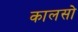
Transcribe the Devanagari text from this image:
कालसो